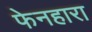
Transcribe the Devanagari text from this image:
फेनहारा